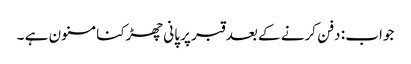
جواب : دفن کرنے کے بعد قبر پر پانی چھڑکنا مسنون ہے ۔